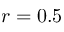
r = 0 . 5